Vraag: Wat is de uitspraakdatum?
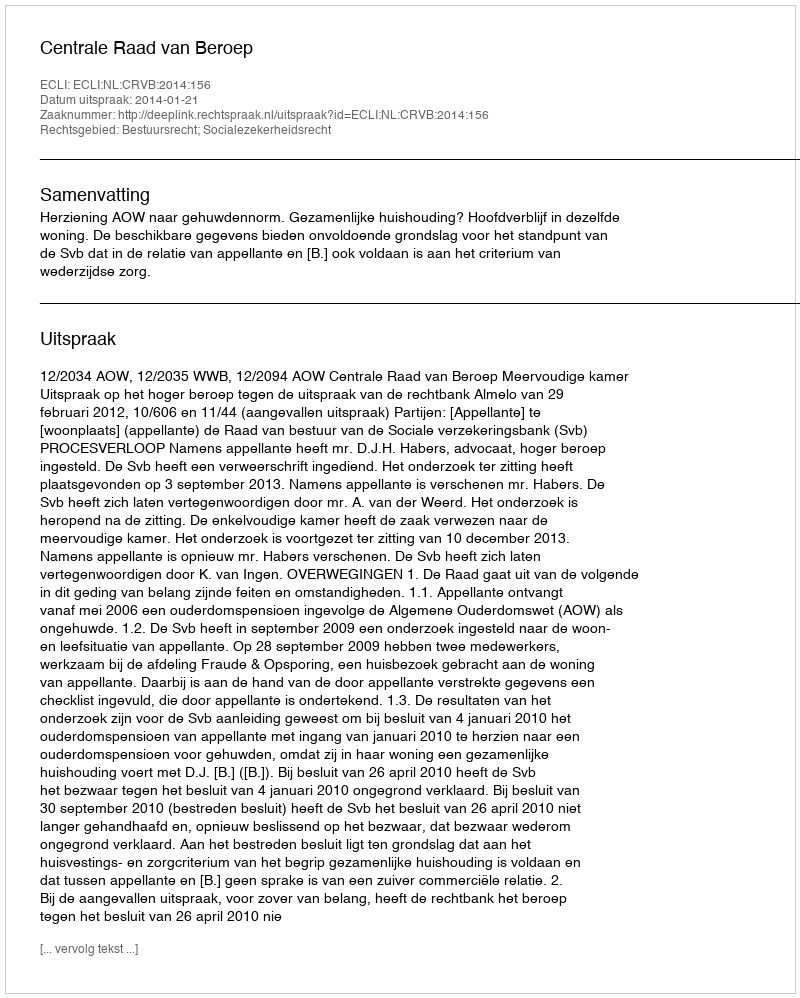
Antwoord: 2014-01-21